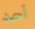
أحد